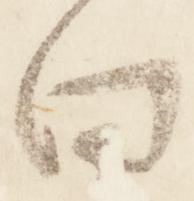
向